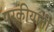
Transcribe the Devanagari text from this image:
परकीयांनी